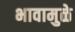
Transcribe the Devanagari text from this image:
भावामुळे